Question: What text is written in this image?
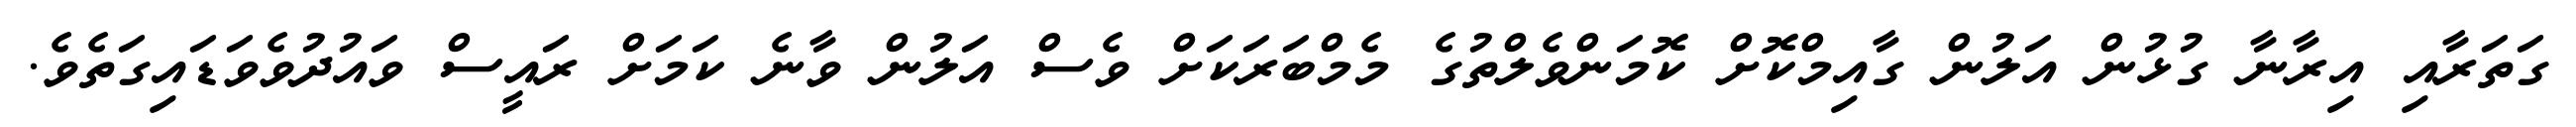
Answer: ގަތަރާއި އިރާނާ ގުޅުން އަލުން ގާއިމްކޮށް ކޮމަންވެލްތުގެ މެމްބަރަކަށް ވެސް އަލުން ވާނެ ކަމަށް ރައީސް ވައުދުވެވަޑައިގަތެވެ.